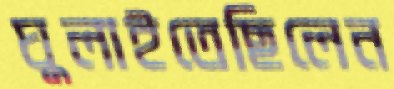
ঘুলাইতেছিলেন